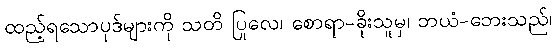
ထည့်ရသောပုဒ်များကို သတိ ပြုလေ၊ စောရာ-ခိုးသူမှ၊ ဘယံ-ဘေးသည်၊